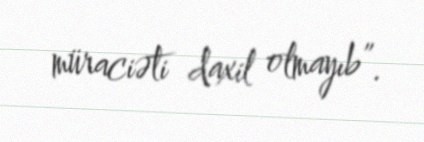
müraciəti daxil olmayıb”.